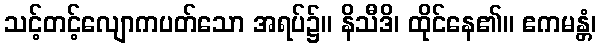
သင့်တင့်လျောကပတ်သော အရပ်၌။ နိသီဒိ၊ ထိုင်နေ၏။ ဧကမန္တံ၊